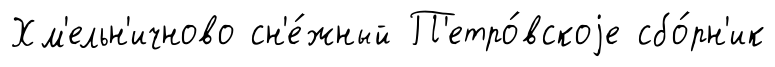
Хм'ельн'ичново сн'е́жный П'етро́вскоjе сбо́рн'ик